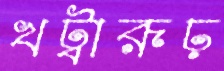
খট্বারূঢ়